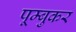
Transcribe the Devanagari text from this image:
पूम्बुकर